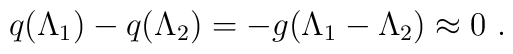
q(\Lambda _1)-q(\Lambda _2)=-g(\Lambda _1-\Lambda _2)\approx 0\ .